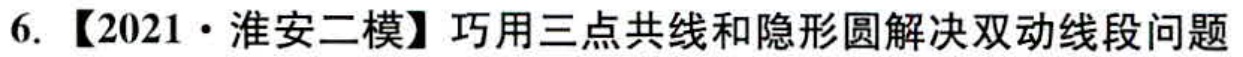
6. 【2021·淮安二模】巧用三点共线和隐形圆解决双动线段问题